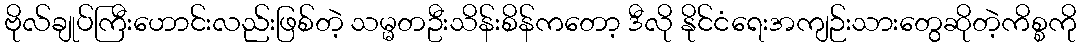
ဗိုလ်ချုပ်ကြီးဟောင်းလည်းဖြစ်တဲ့ သမ္မတဦးသိန်းစိန်ကတော့ ဒီလို နိုင်ငံရေးအကျဉ်းသားတွေဆိုတဲ့ကိစ္စကို